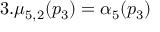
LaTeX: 3 . \mu _ { 5 , 2 } ( p _ { 3 } ) = \alpha _ { 5 } ( p _ { 3 } )